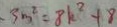
3 m ^ { 2 } = 8 k ^ { 2 } + 8